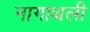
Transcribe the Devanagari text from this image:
नागाथली